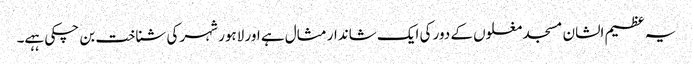
یہ عظیم الشان مسجد مغلوں کے دور کی ایک شاندار مثال ہے اور لاہور شہر کی شناخت بن چکی ہہے۔